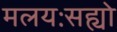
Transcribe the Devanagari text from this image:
मलयःसह्यो